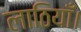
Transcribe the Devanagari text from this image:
लाठियाँ।